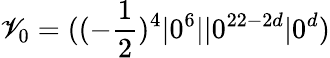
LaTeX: \mathscr{V}_{0}=((-{\frac{{1}}{{2}}})^{4}\vert0^{6}\vert\vert0^{22-2d}\vert0^{d})